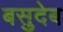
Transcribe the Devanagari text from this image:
बसुदेब